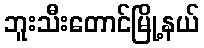
ဘူးသီးတောင်မြို့နယ်